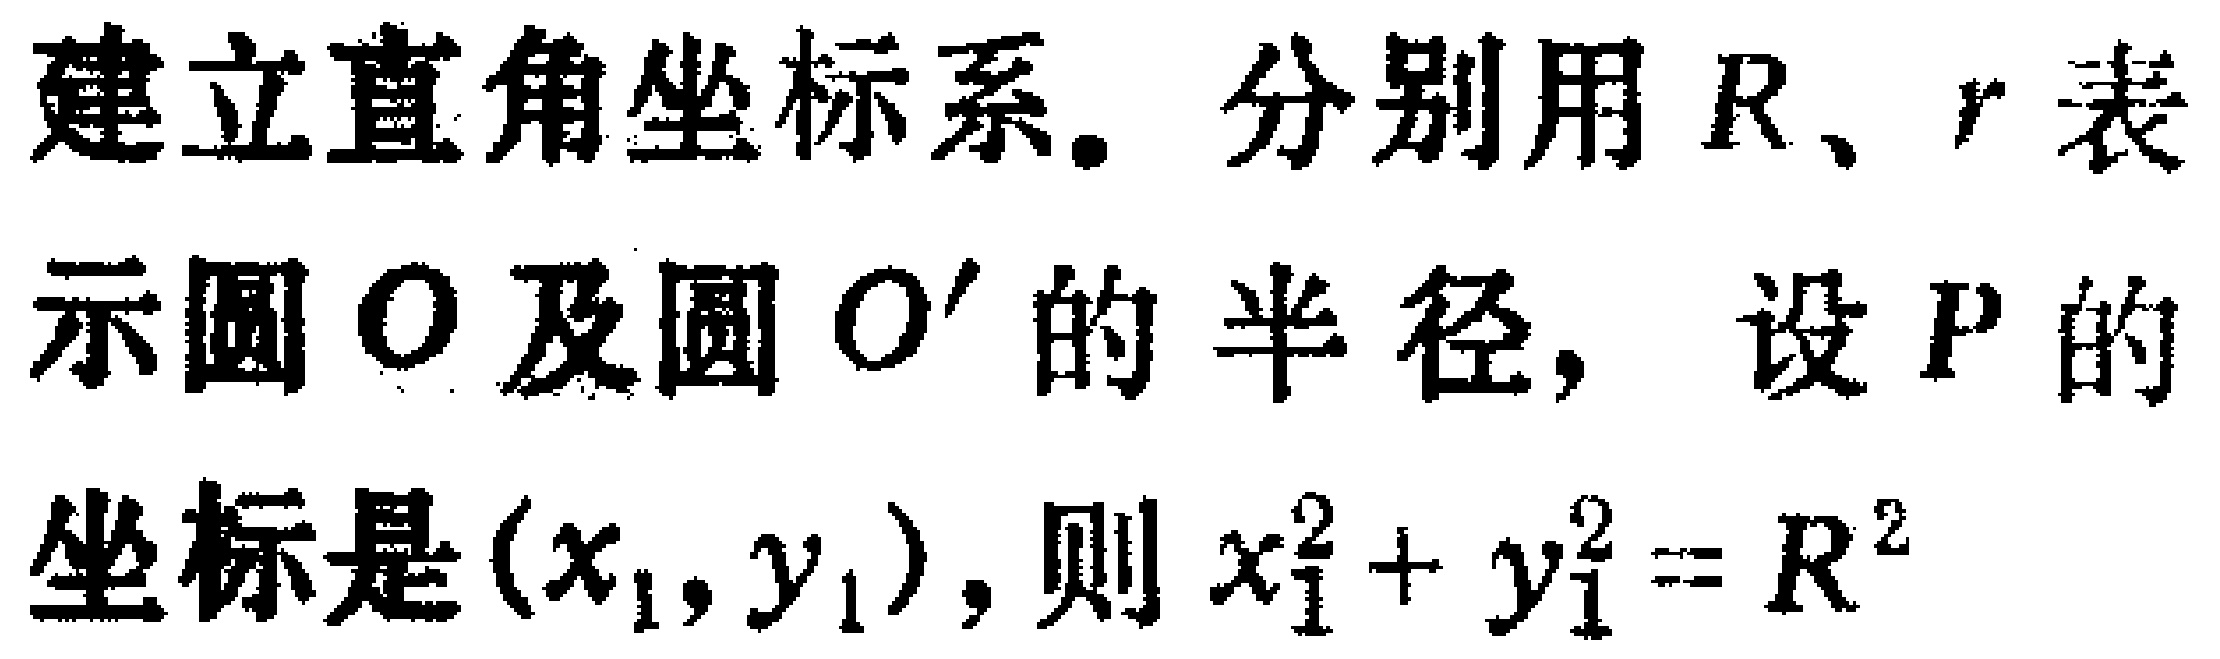
建立直角坐标系. 分别用 \(R\)、\(r\) 表示圆 \(O\) 及圆 \(O'\) 的半径, 设 \(P\) 的坐标是 \((x_1,y_1)\), 则 \(x_1^2 + y_1^2 = R^2\)